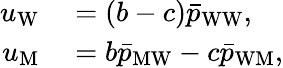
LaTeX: \begin{array}{rl}{u_{\mathrm{W}}}&{{}=(b-c)\bar{p}_{\mathrm{WW}},}\\ {u_{\mathrm{M}}}&{{}=b\bar{p}_{\mathrm{MW}}-c\bar{p}_{\mathrm{WM}},}\end{array}